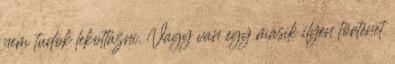
nem tudok lekottázni. Vagy van egy másik ilyen történet